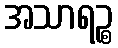
အသာရဉ္စ